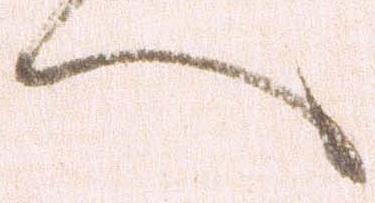
へ